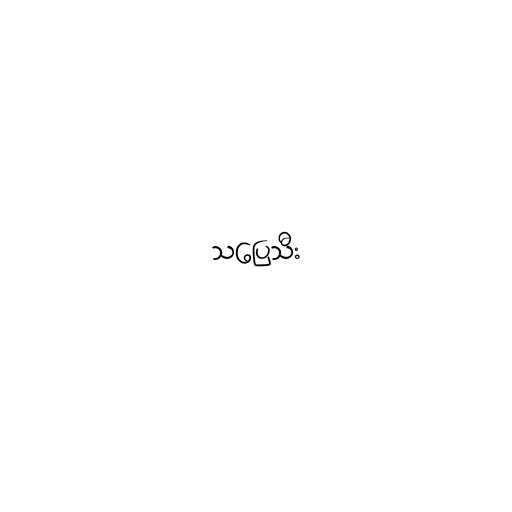
သပြေသီး